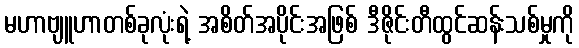
မဟာဗျူဟာတစ်ခုလုံးရဲ့ အစိတ်အပိုင်းအဖြစ် ဒီဇိုင်းတီထွင်ဆန်းသစ်မှုကို